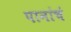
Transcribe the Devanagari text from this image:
पानांचं